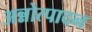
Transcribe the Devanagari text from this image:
अन्नोत्पादन